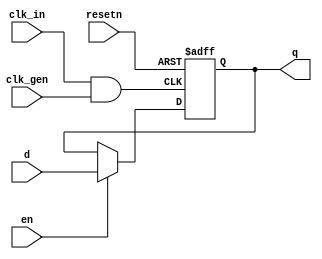
module config_reg
    #(parameter DW=1)
    (  
        input clk_in,
        input resetn,
        input en,
        input clk_gen,
        input   [DW-1:0]d,
        output [DW-1:0]q
    );
    wire clk;
    assign clk=clk_in&clk_gen;
    reg [DW-1:0]dff_r;
    assign q=dff_r;
    always @(posedge clk or negedge resetn) begin
            if (~resetn) 
                    dff_r[DW-1:DW/2]<=0;              
            else if(en) 
                    dff_r[DW-1:DW/2]<=d[DW-1:DW/2];
            else 
                    dff_r[DW-1:DW/2]<=dff_r[DW-1:DW/2];
    end    
    generate
        genvar i;
                for (i = 0; i < DW/2; i = i + 1)begin
                       always @(posedge clk or negedge resetn) begin
                                if (~resetn) 
                                        dff_r[i]<=0;              
                                else if(en&d[i+DW/2]) 
                                        dff_r[i]<=d[i];
                                else
                                        dff_r[i]<=dff_r[i];
                end  
                        end
    endgenerate



endmodule